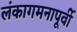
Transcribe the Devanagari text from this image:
लंकागमनापूर्वी